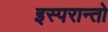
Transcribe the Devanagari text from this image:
इस्परान्तो